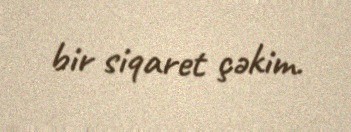
bir siqaret çəkim.